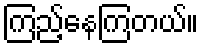
ကြည့်နေကြတယ်။